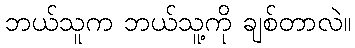
ဘယ်သူက ဘယ်သူ့ကို ချစ်တာလဲ။